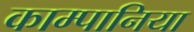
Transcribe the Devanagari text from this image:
काम्पानिया